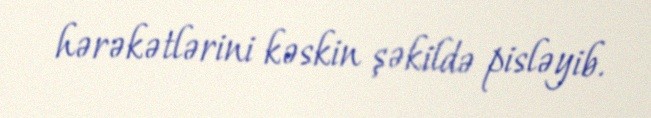
hərəkətlərini kəskin şəkildə pisləyib.